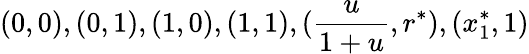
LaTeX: (0,0),(0,1),(1,0),(1,1),(\frac{u}{1+u},r^{*}),(x_{1}^{*},1)